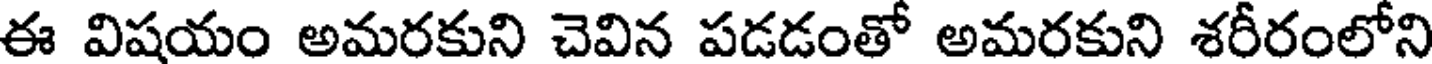
ఈ విషయం అమరకుని చెవిన పడడంతో అమరకుని శరీరంలోని